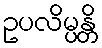
ဥပလိမ္ပန္တိ